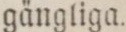
gängliga.